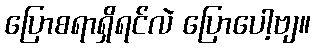
ပြောစရာရှိရင်လဲ ပြောပေါ့ဗျ။